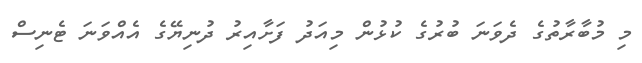
މި މުބާރާތުގެ ދެވަނަ ބުރުގެ ކުޅުން މިއަދު ފަށާއިރު ދުނިޔޭގެ އެއްވަނަ ޓެނިސް